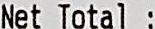
NET TOTAL :